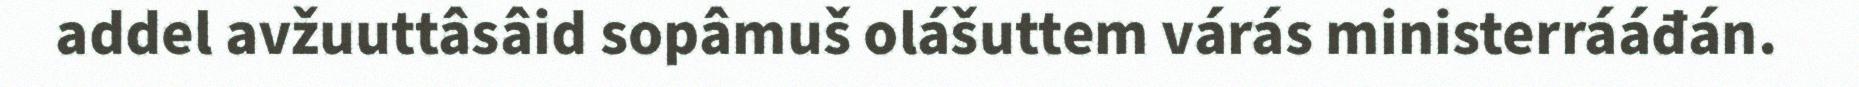
addel avžuuttâsâid sopâmuš olášuttem várás ministerrááđán.